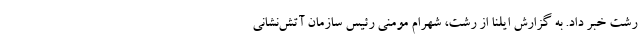
رشت خبر داد. به گزارش ایلنا از رشت، شهرام مومنی رئیس سازمان آتش‌نشانی